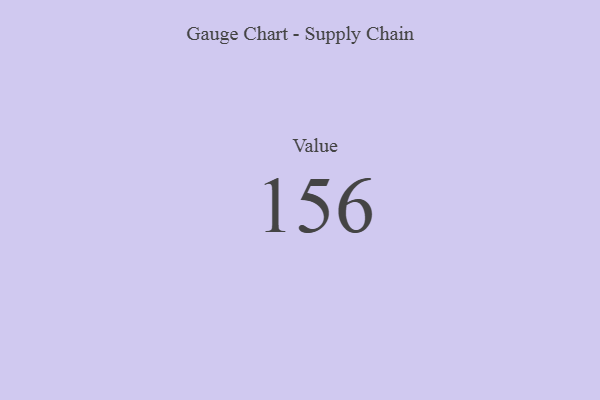
{"axis": {"x": "Metric", "y": "Value"}, "legend": [""], "data": [{"x": "Value", "y": 156, "type": ""}]}